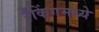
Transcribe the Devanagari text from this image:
रँकिंगमध्ये